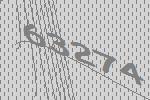
63274